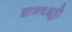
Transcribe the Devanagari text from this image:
ज्ञानचक्षूही